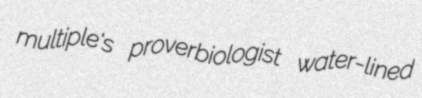
multiple's proverbiologist water-lined